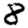
Digit: 8